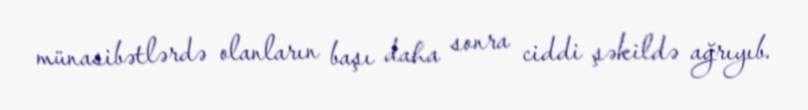
münasibətlərdə olanların başı daha sonra ciddi şəkildə ağrıyıb.